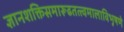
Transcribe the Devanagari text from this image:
ज्ञानशक्तिसमारूढतत्त्वमालाविभूषणे